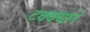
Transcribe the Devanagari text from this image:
टक्क्यांने